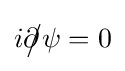
i\partial \!\!\!{\big /}\psi =0